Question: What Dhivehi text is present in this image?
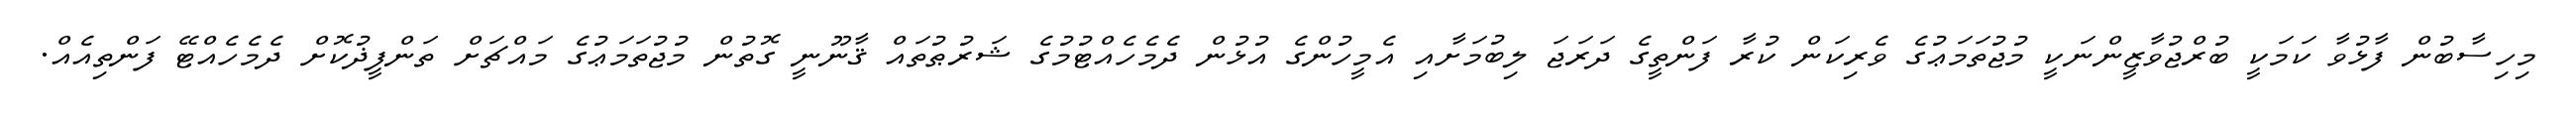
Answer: މިހިސާބުން ފާޅުވާ ކަމަކީ ބުރްޖުވާޒީންނަކީ މުޖުތަމަޢުގެ ވެރިކަން ކުރާ ފަންތީގެ ދަރަޖަ ލިބުމަށާއި އެމީހުންގެ އުޅުން ދެމެހެއްޓުމުގެ ޝަރުޠުތައް ޤާނޫނީ ގޮތުން މުޖުތަމަޢުގެ މައްޗަށް ތަންފީޛުކޮށް ދެމެހެއްޓޭ ފަންތިއެއް.